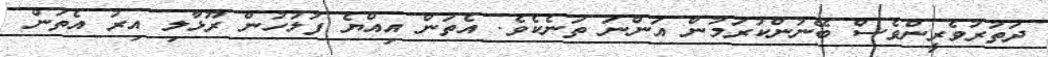
ދަތުރުވެރީންވެސް ބޭނުންކުރަމުން އަންނަ ތަނެކެވެ. އެތަން އިއްޔެ ފުލުހުން ރޫޅާލި އިރު އެތަން